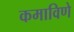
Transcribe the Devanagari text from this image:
कमाविणे